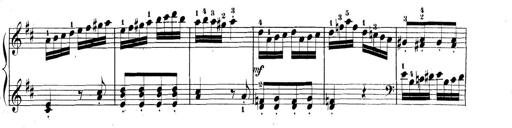
Title: 3 Sonatinen, Op.8
Composer: Isidor Wilhelm Seiss